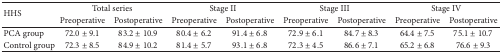
<table><thead><tr><td rowspan="2"><b>HHS</b></td><td colspan="2"><b>Total series</b></td><td colspan="2"><b>Stage II</b></td><td colspan="2"><b>Stage III</b></td><td colspan="2"><b>Stage IV</b></td></tr><tr><td><b>Preoperative</b></td><td><b>Postoperative</b></td><td><b>Preoperative</b></td><td><b>Postoperative</b></td><td><b>Preoperative</b></td><td><b>Postoperative</b></td><td><b>Preoperative</b></td><td><b>Postoperative</b></td></tr></thead><tbody><tr><td>PCA group</td><td>72.0 ± 9.1</td><td>83.2 ± 10.9</td><td>80.4 ± 6.2</td><td>91.4 ± 6.8</td><td>72.9 ± 6.1</td><td>84.7 ± 8.3</td><td>64.4 ± 7.5</td><td>75.1 ± 10.7</td></tr><tr><td>Control group</td><td>72.3 ± 8.5</td><td>84.9 ± 10.2</td><td>81.4 ± 5.7</td><td>93.1 ± 6.8</td><td>72.3 ± 4.5</td><td>86.6 ± 7.1</td><td>65.2 ± 6.8</td><td>76.6 ± 9.3</td></tr></tbody></table>